Civil Veterinary Dept. Bombay admin report 1893-99 - 1893-1899
Year: 1893
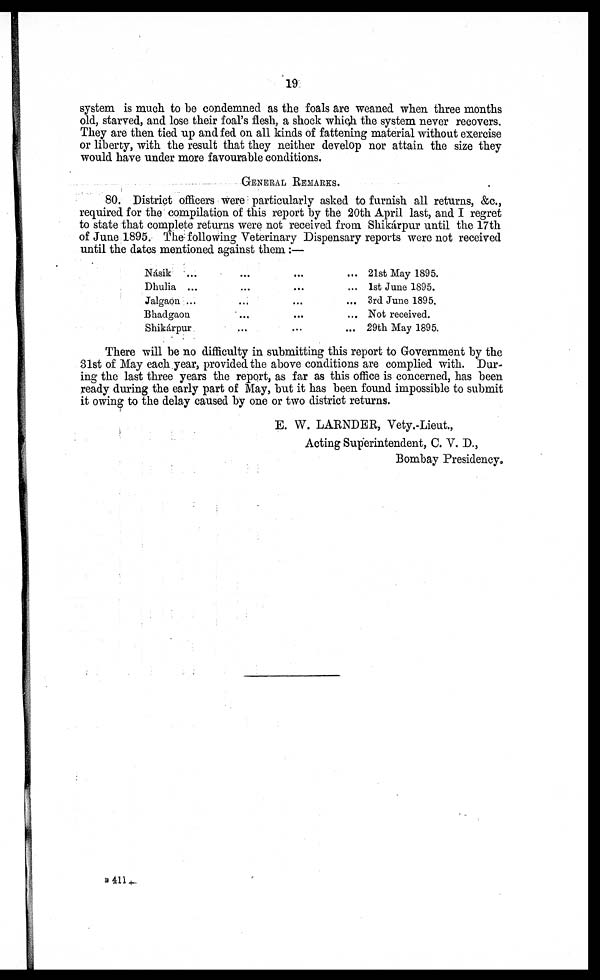
19
system is much to be condemned as the foals are weaned when three months
old, starved, and lose their foal's flesh, a shock which the system never recovers.
They are then tied up and fed on all kinds of fattening material without exercise
or liberty, with the result that they neither develop nor attain the size they
would have under more favourable conditions.
GENERAL REMARKS.
80. District officers were particularly asked to furnish all returns, &c.,
required for the compilation of this report by the 20th April last, and I regret
to state that complete returns were not received from Shikárpur until the 17th
of June 1895. The following Veterinary Dispensary reports were not received
until the dates mentioned against them :—
Násik ... ... ... ...
Dhulia ... ... ... ...
Jalgabn ... ... ... ...
Bhadgaon ... ... ...
Shikárpur
...
...
...
21st May 1895.
1st June 1895.
3rd June 1895.
Not received.
29th May 1895.
There will be no difficulty in submitting this report to Government by the
31st of May each year, provided the above conditions are complied with. Dur-
ing the last three years the report, as far as this office is concerned, has been
ready during the early part of May, but it has been found impossible to submit
it owing to the delay caused by one or two district returns.
E. W. LARNDER, Vety.-Lieut.,
Acting Superintendent, C. V. D.,
Bombay Presidency.